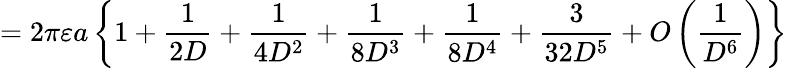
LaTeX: =2\pi\varepsilon a\left\{ 1+{\frac{1}{2D}}+{\frac{1}{4D^{2}}}+{\frac{1}{8D^{3}}}+{\frac{1}{8D^{4}}}+{\frac{3}{32D^{5}}}+O\left({\frac{1}{D^{6}}}\right)\right\}